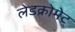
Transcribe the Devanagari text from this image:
लेडक्रोमेट